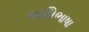
અધિભાષા